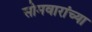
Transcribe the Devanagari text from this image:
सोमवारांच्या